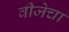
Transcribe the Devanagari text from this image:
वीजेचा